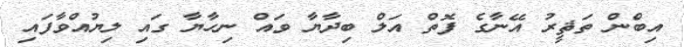
އިބްން ތަޘީރު އޭނާގެ ފޮތް އަލް ބިދާޔާ ވައް ނިހާޔާ ގައި ލިޔުއްވާފައި